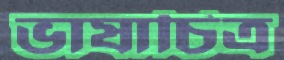
ভাষাচিত্র